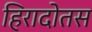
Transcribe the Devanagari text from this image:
हिरादोतस